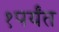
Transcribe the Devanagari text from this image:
१पर्यंत